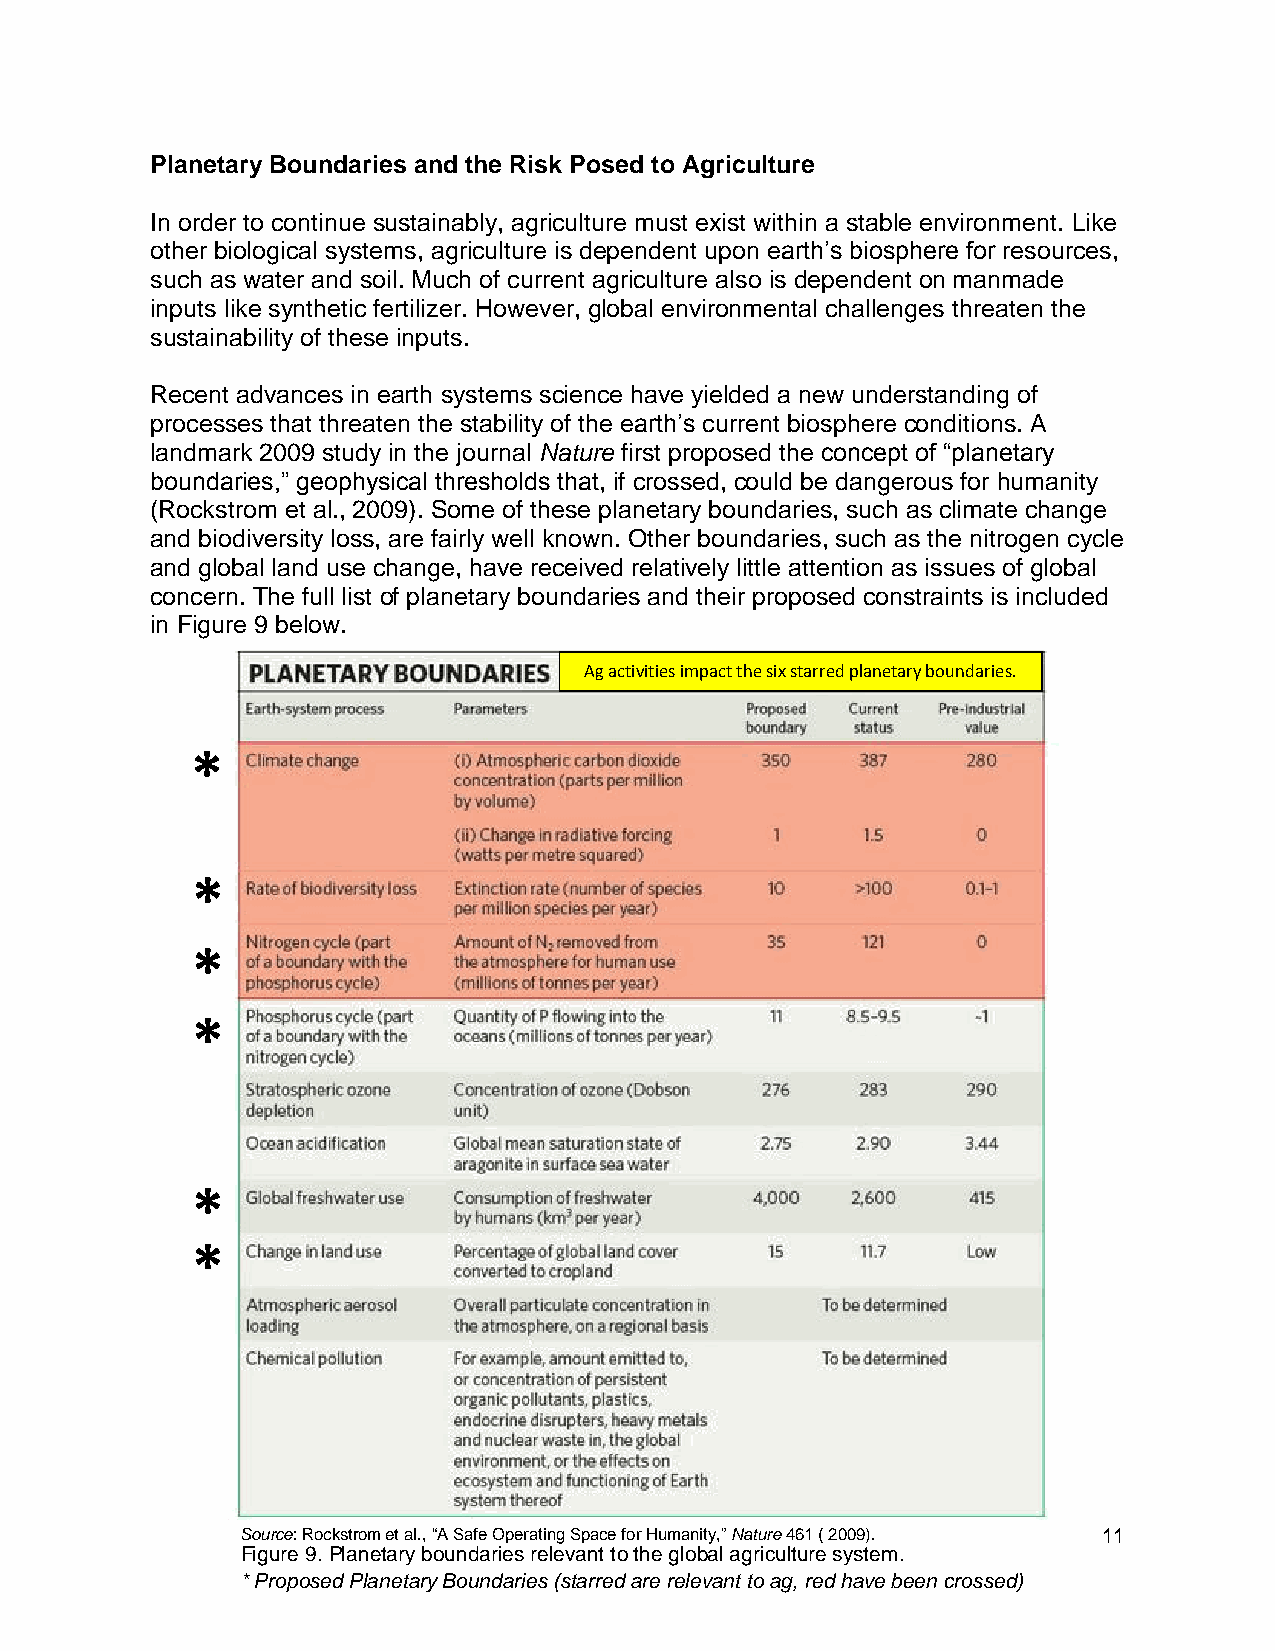
Planetary Boundaries and the Risk Posed to Agriculture
 In order to continue sustainably, agriculture must exist within a stable environment. Like
 other biological systems, agriculture is dependent upon earth’s biosphere for resources,
 such as water and soil. Much of current agriculture also is dependent on manmade
 inputs like synthetic fertilizer. However, global environmental challenges threaten the
 sustainability of these inputs.
 Recent advances in earth systems science have yielded a new understanding of
 processes that threaten the stability of the earth’s current biosphere conditions. A
 landmark 2009 study in the journal Nature first proposed the concept of “planetary
 boundaries,” geophysical thresholds that, if crossed, could be dangerous for humanity
 (Rockstrom et al., 2009). Some of these planetary boundaries, such as climate change
 and biodiversity loss, are fairly well known. Other boundaries, such as the nitrogen cycle
 and global land use change, have received relatively little attention as issues of global
 concern. The full list of planetary boundaries and their proposed constraints is included
 in Figure 9 below.
 Ag activities impact the six starred planetary boundaries.
 *
 *
 *
 *
 *
 *
 Source: Rockstrom et al., “A Safe Operating Space for Humanity,” Nature 461 ( 2009). 11
 Figure 9. Planetary boundaries relevant to the global agriculture system.
 * Proposed Planetary Boundaries (starred are relevant to ag, red have been crossed)